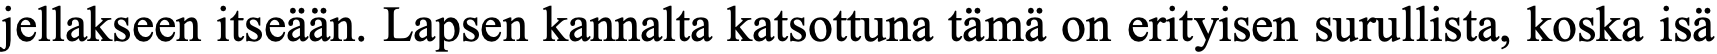
jellakseen itseään. Lapsen kannalta katsottuna tämä on erityisen surullista, koska isä